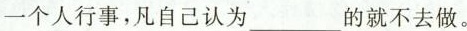
一个人行事，凡自己认为___的就不去做。